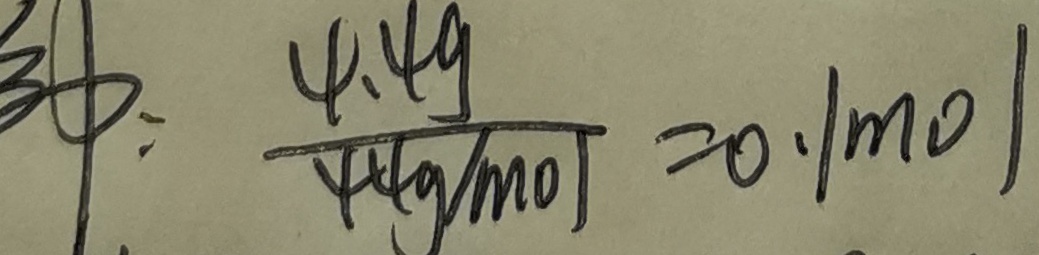
: \frac { 4 . 4 9 } { 4 4 g / m o / } = 0 . 1 m o l